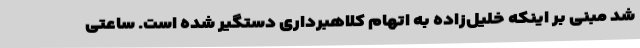
شد مبنی بر اینکه خلیل‌زاده به اتهام کلاهبرداری دستگیر شده است. ساعتی